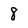
Character: 8